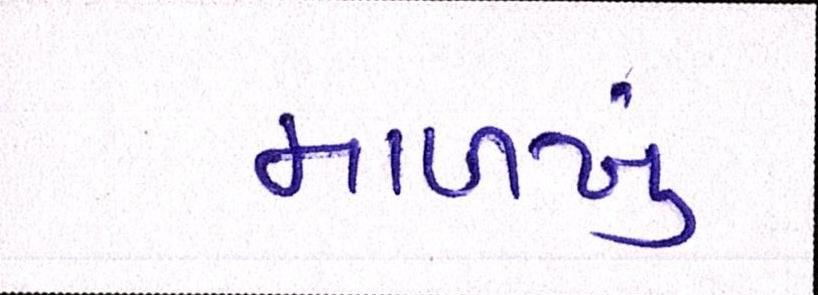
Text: માળખું